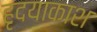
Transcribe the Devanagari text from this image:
हृदयाकाश